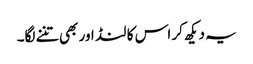
یہ دیکھ کر اس کا لنڈ اور بھی تننے لگا۔